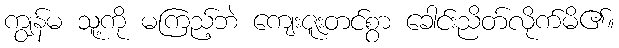
ကျွန်မ သူ့ကို မကြည့်ဘဲ ကျေးဇူးတင်စွာ ခေါင်းညိတ်လိုက်မိ၏။